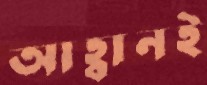
আহ্বানই